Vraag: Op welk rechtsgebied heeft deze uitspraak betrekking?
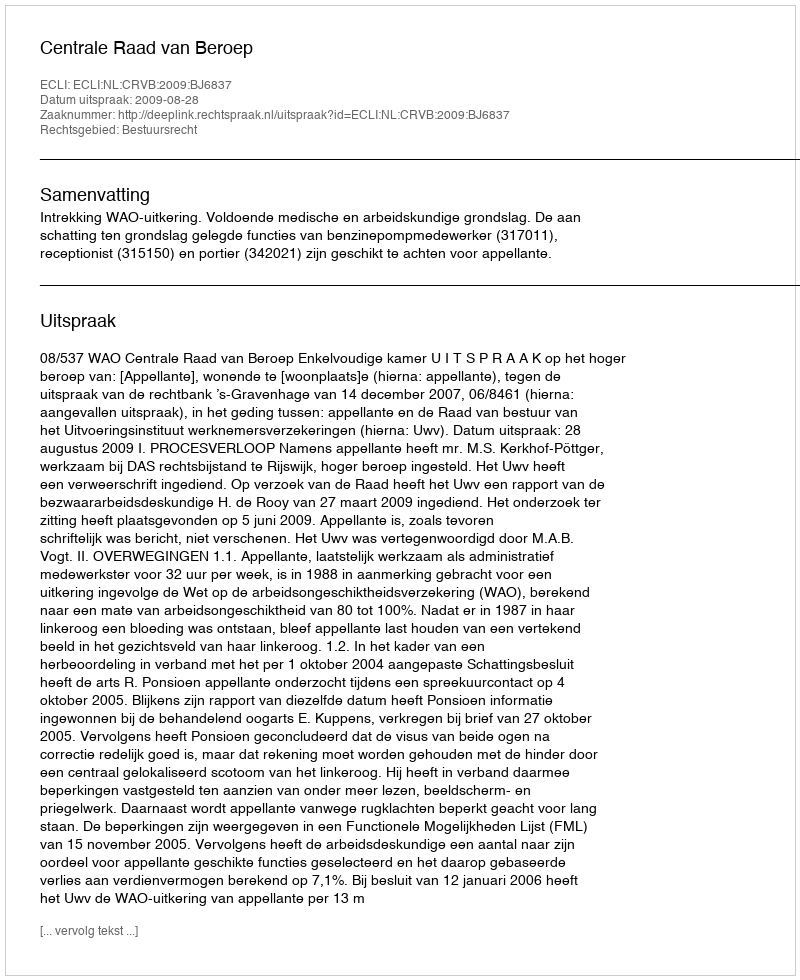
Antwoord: Bestuursrecht